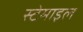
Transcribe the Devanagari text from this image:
स्टेमाइल